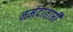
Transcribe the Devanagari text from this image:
नर्मदाताप्ती